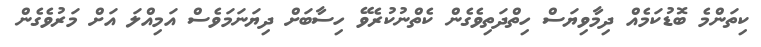
ކިތަންމެ ބޮޑުކަމެއް ދިމާވިޔަސް ހިތްދަތިވެގެން ކެތްނުކުރެވޭ ހިސާބަށް ދިޔަނަމަވެސް އަމިއްލަ އަށް މަރުވެގެން